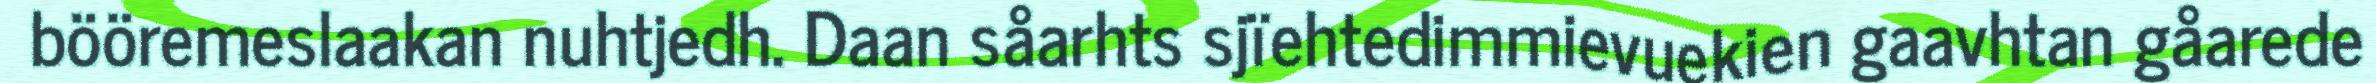
bööremeslaakan nuhtjedh. Daan såarhts sjïehtedimmievuekien gaavhtan gåarede